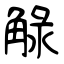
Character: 觮